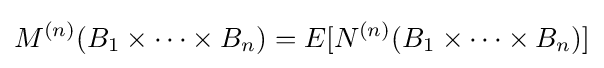
M^{(n)}(B_{1}\times \cdots \times B_{n})=E[{N}^{(n)}(B_{1}\times \cdots \times B_{n})]